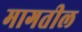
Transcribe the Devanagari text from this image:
मागतील